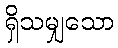
ရှိသမျှသော